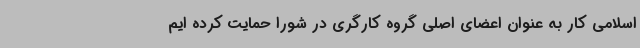
اسلامی کار به عنوان اعضای اصلی گروه کارگری در شورا حمایت کرده ایم